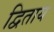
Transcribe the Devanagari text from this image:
द्विताय